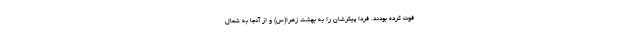
فوت کرده بودند. فردا پیکرشان را به بهشت زهرا(س) و از آنجا به شمال